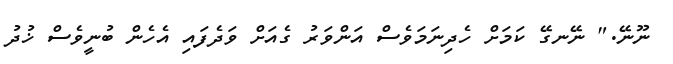
ނޫނޭ." ނޭނގޭ ކަމަށް ހެދިނަމަވެސް އަންވަރު ގެއަށް ވަދެފައި އެހެން ބުނީވެސް ޚުދު